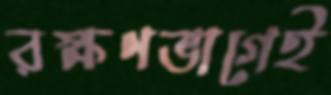
রক্ষণভাগেই